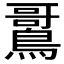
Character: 𫛌